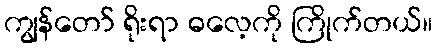
ကျွန်တော် ရိုးရာ ဓလေ့ကို ကြိုက်တယ်။